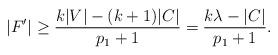
LaTeX: \begin{align*}|F'|\ge \frac{k|V|-(k+1)|C|}{p_1+1}=\frac{k\lambda-|C|}{p_1+1}. \end{align*}